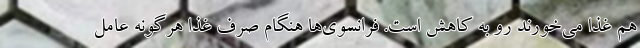
هم غذا می‌خورند رو به کاهش است. فرانسوی‌ها هنگام صرف غذا هرگونه عامل